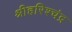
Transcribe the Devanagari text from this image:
श्रीहरिश्चंद्र